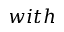
w i t h